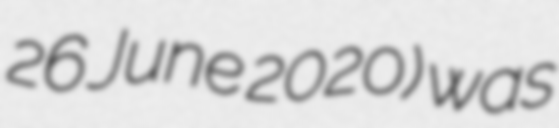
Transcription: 26 June 2020) was